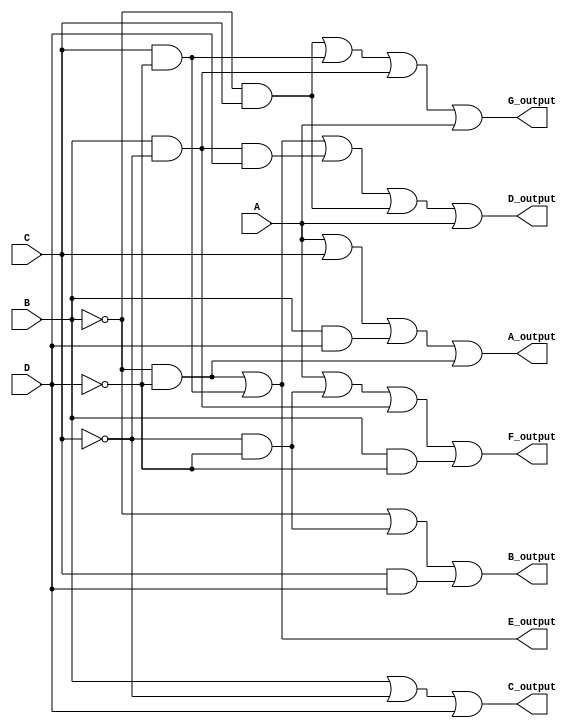
module bcd_to_7_seg_7448_decoder(A,B,C,D, A_output, B_output, C_output, D_output, E_output, F_output, G_output);
    input A, B, C, D;

    output A_output, B_output, C_output, D_output, E_output, F_output, G_output;

    assign A_output = (A) | (C) | (B & D) | (~B & ~D);
    assign B_output = (~B) | (~C & ~D) | (C & D);
    assign C_output = (B) | (~C) | (D);
    assign D_output = (~B & ~D) | (C & ~D) | (B & ~C & D) | (~B & C) | (A);
    assign E_output = (~B  & ~D) | (C & ~D);
    assign F_output = (A) | (~C & ~D) | (B & ~C) | (B & ~D);
    assign G_output = (~B & C) | (C & ~D) | (B & ~C) | (A);

endmodule